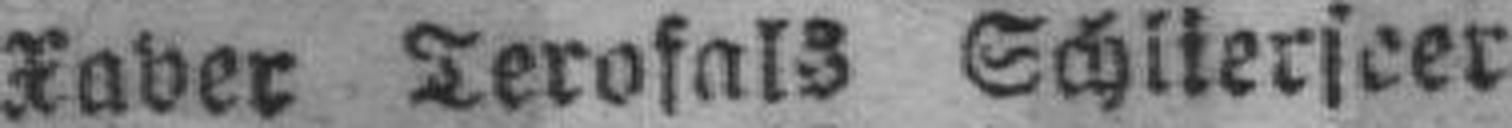
Xaver Terofals Schlierscer